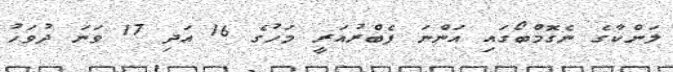
ލަންކާގެ ނެގޮމްބޯގައި އަންނަ ފެބްރުއަރީ މަހުގެ 16 އަދި 17 ވަނަ ދުވަހު